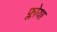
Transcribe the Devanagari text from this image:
फ्लोया